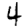
Digit: 4